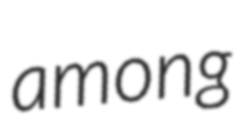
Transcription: among